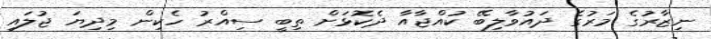
ނިޒާރުގެ މަރުގެ ދައުވާލިބޭ ކުއްޖާއާ ދެކޮޅަށް ތިބީ ސިއްރު ހެކިން މިދިޔަ ޖުލައި